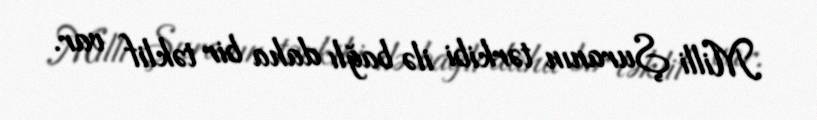
Milli Şuranın tərkibi ilə bağlı daha bir təklif var.